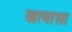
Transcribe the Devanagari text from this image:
खावासा